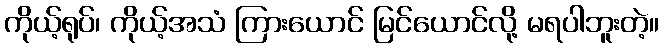
ကိုယ့်ရုပ်၊ ကိုယ့်အသံ ကြားယောင် မြင်ယောင်လို့ မရပါဘူးတဲ့။